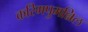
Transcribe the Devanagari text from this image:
करिमपुमन्निल